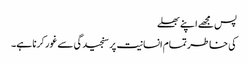
پس مجھے اپنے بھلے
کی خاطر تمام انسانیت پر سنجیدگی سے غور کرنا ہے۔